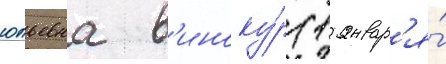
юльевна в'иноку́р (1 январ'я́